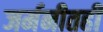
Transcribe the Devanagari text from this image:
जर्मनीतही